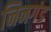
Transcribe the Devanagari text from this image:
निनगंड